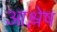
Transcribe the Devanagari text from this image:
आश्लेष